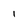
Character: l